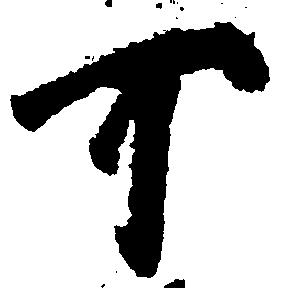
可